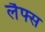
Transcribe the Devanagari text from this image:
लैफ्स